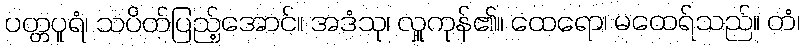
ပတ္တပူရံ၊ သပိတ်ပြည့်အောင်။ အဒံသု၊ လှူကုန်၏။ ထေရော၊ မထေရ်သည်။ တံ၊